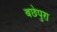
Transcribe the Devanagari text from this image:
बछेपुरा